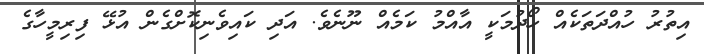
އިތުރު ހުއްދަތަކެއް ހޯދުމަކީ އާއްމު ކަމެއް ނޫނެވެ. އަދި ކައިވެނިކޮށްގެން އުޅޭ ފިރިމީހާގެ